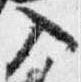
入